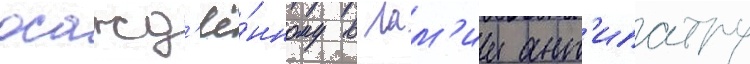
осажд'ё́нному в лам'ии ант'ипатру